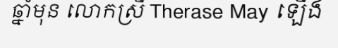
ឆ្នាំមុន លោកស្រី Therase May ឡើង